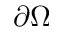
\partial \Omega